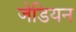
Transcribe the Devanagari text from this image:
जेडियन